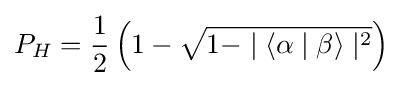
P_{H}={\frac {1}{2}}\left(1-{\sqrt {1-\mid \langle \alpha \mid \beta \rangle \mid ^{2}}}\right)